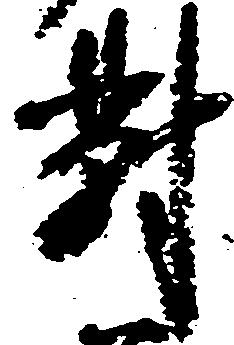
対